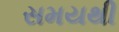
સમયથી